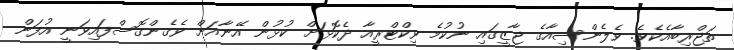
ތަޖްރިބާއެކެވެ. ވެލެންސިއާގެ ޖާޒީގައި ނުކުމެ ވިކްޓްރީއާ ދެކޮޅަށް ކުޅުން އޭނާއަށް ވެގެންގޮސްފައިވަނީ އުފަން